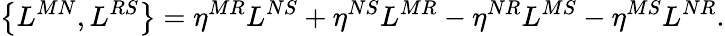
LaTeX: \left\{ L^{MN},L^{RS}\right\} =\eta^{MR}L^{NS}+\eta^{NS}L^{MR}-\eta^{NR}L^{MS}-\eta^{MS}L^{NR}.